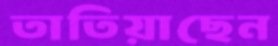
তাতিয়াছেন